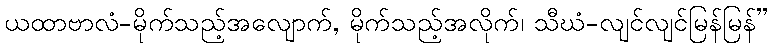
ယထာဗာလံ-မိုက်သည့်အလျောက်, မိုက်သည့်အလိုက်၊ သီဃံ-လျင်လျင်မြန်မြန်”